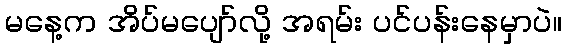
မနေ့က အိပ်မပျော်လို့ အရမ်း ပင်ပန်းနေမှာပဲ။